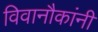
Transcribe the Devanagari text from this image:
विवानौकांनी